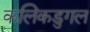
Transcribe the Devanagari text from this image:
कलिकडुगल